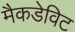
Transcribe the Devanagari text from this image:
मैकडेविट